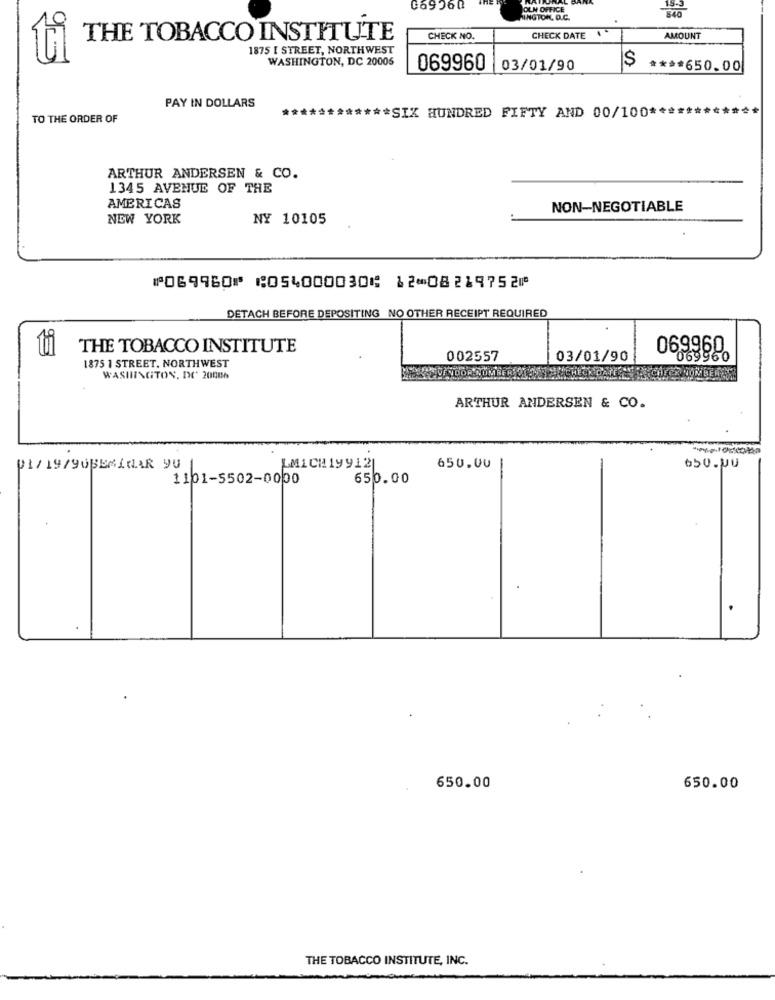
NATURAL
06936Q
OLM OFFICE
340
NINGTON, D.C.
THE TOBACCO INSTITUTE
CHECK NO.
CHECK DATE .
AMOUNT
1875 I STREET, NORTHWEST
WASHINGTON, DC 20006
$
069960
03/01/90
**** 650.00
PAY IN DOLLARS
TO THE ORDER OF
************ SIX HUNDRED FIFTY AND 00/100 *******
ARTHUR ANDERSEN & CO.
1345 AVENUE OF THE
AMERICAS
NON-NEGOTIABLE
NEW YORK
NY 10105
⑈069960⑈ ⑆054000030⑆ 12⑉08219752⑈
DETACH BEFORE DEPOSITING NO OTHER RECEIPT REQUIRED
THE TOBACCO INSTITUTE
1875 1 STREET, NORTHWEST
002557
03/01/90
069968
WASHINGTON, DC 20086
ARTHUR ANDERSEN & CO.
01/ 19/90BEMLAR y
LMICH199121
650.00
1101-5502-0000
650.00
650.00
650.00
THE TOBACCO INSTITUTE, INC.